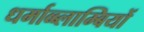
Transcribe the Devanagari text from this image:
धर्माव्ब्लाम्बियों